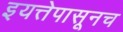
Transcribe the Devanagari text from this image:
इयत्तेपासूनच